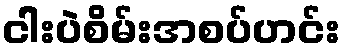
ငါးပဲစိမ်းအစပ်ဟင်း